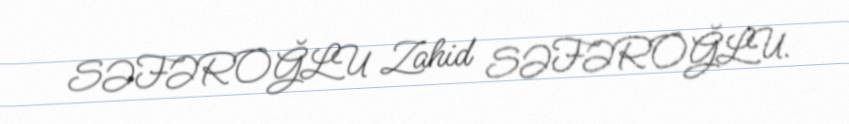
SƏFƏROĞLU Zahid SƏFƏROĞLU.